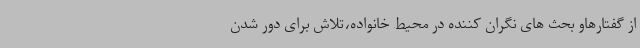
از گفتارهاو بحث های نگران کننده در محیط خانواده،تلاش برای دور شدن